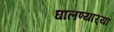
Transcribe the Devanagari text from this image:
घालण्यार्‍या